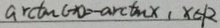
\arctan c \rightarrow a - \arctan x _ { 1 } x \in R